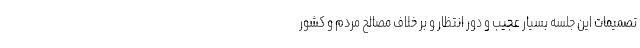
تصمیمات این جلسه بسیار عجیب و دور انتظار و بر خلاف مصالح مردم و کشور